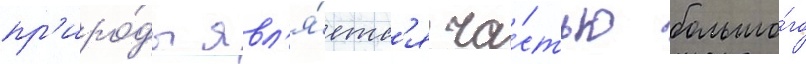
пр'иро́ды явл'я́етс'я ча́стью большо́го